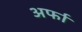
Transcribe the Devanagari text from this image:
अर्फा